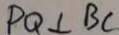
P Q \bot B C